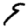
Digit: 9